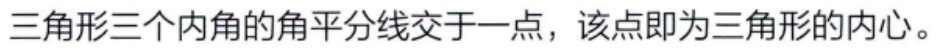
三角形三个内角的角平分线交于一点，该点即为三角形的内心。